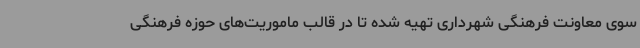
سوی معاونت فرهنگی شهرداری تهیه شده تا در قالب ماموریت‌های حوزه فرهنگی